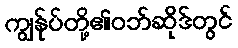
ကျွန်ုပ်တို့၏ဝဘ်ဆိုဒ်တွင်